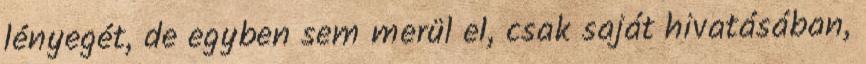
lényegét, de egyben sem merül el, csak saját hivatásában,